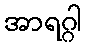
အာရဂ္ဂါ